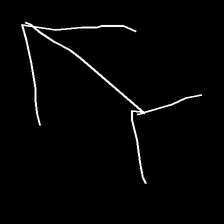
Glyph: gather